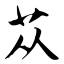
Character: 苁